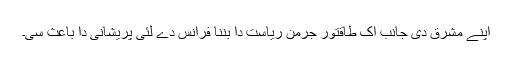
اپنے مشرق دی جانب اک طاقتور جرمن ریاست دا بننا فرانس دے لئی پریشانی دا باعث سی۔